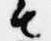
由